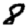
Digit: 8